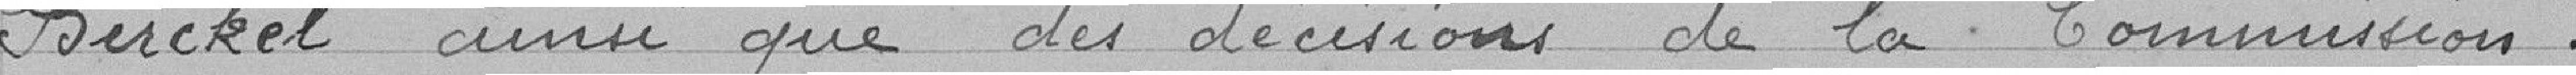
Birckel ainsi que des décisions de la Commission